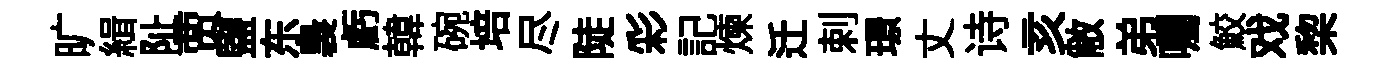
旷緝阯贾鹽东裊虧韓碗培尽陡彩記煉迁剌璟丈诗亥敝弟囑鮫戏棃